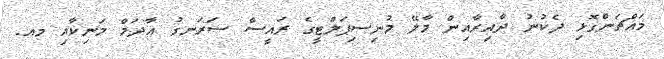
މައްޗަންގޮޅި ދެކުނު ދާއިރާއިން މާލޭ މުނިސިޕަލްޓީގެ ރައީސް ސަރަނގު އާދަމް މަނިކާއި މއ.